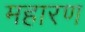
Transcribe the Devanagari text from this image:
महारण